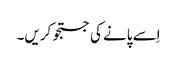
اِسے پانے کی جستجو کریں۔